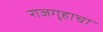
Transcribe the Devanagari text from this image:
राजगृहाचा